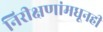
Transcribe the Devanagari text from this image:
निरीक्षणांमधूनही